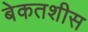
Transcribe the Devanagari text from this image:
बेकतशीस